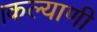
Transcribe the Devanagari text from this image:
।कल्याणी